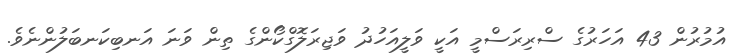
އުމުރުން 43 އަހަރުގެ ސްރިރަސްމީ އަކީ ވަލީއަހުދު ވަޖިރަލޮގްކޯންގެ ތިން ވަނަ އަނބިކަނބަލުންނެވެ.